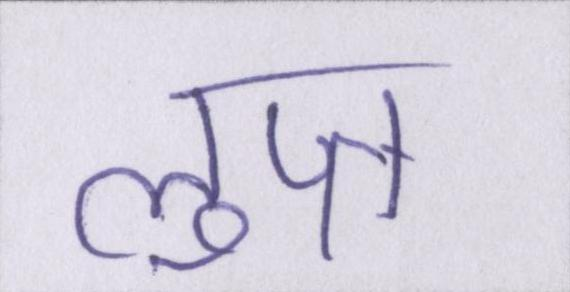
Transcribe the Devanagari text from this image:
लुप्त